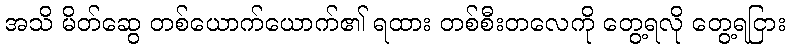
အသိ မိတ်ဆွေ တစ်ယောက်ယောက်၏ ရထား တစ်စီးတလေကို တွေ့ရလို တွေ့ရငြား